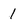
Character: 1